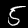
Digit: 5